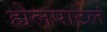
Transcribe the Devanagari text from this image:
ह्येलपाटलं